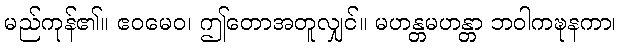
မည်ကုန်၏။ ဧဝမေဝ၊ ဤတောအတူလျှင်။ မဟန္တမဟန္တာ ဘဝါကဍ္ဎနကာ၊